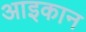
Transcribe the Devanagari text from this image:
आइकान